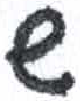
אות: ש